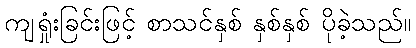
ကျရှုံးခြင်းဖြင့် စာသင်နှစ် နှစ်နှစ် ပိုခဲ့သည်။